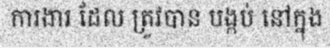
ការងារ ដែល ត្រូវបាន បង្កប់ នៅក្នុង